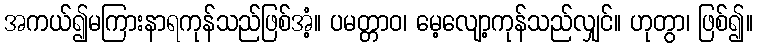
အကယ်၍မကြားနာရကုန်သည်ဖြစ်အံ့။ ပမတ္တာဝ၊ မေ့လျော့ကုန်သည်လျှင်။ ဟုတွာ၊ ဖြစ်၍။